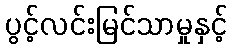
ပွင့်လင်းမြင်သာမှုနှင့်